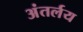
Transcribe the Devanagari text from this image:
अंतर्लय